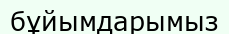
бұйымдарымыз